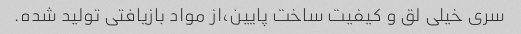
سری خیلی لق و کیفیت ساخت پایین،از مواد بازیافتی تولید شده.